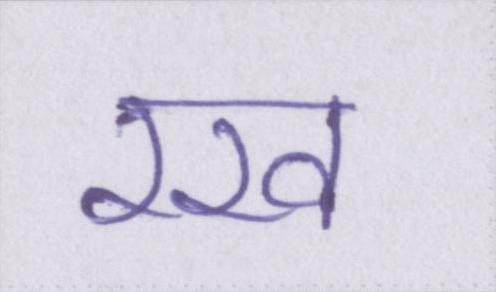
रख